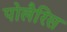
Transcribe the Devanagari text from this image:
पोलैरिस